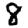
Digit: 8